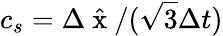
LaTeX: c_{s}=\Delta\hat{\mathrm{~x~}}/(\sqrt{3}\Delta t)